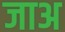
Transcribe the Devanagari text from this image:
जाअ